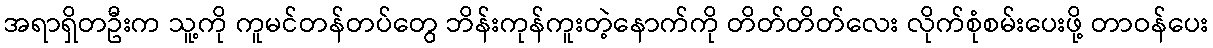
အရာရှိတဦးက သူ့ကို ကူမင်တန်တပ်တွေ ဘိန်းကုန်ကူးတဲ့နောက်ကို တိတ်တိတ်လေး လိုက်စုံစမ်းပေးဖို့ တာဝန်ပေး